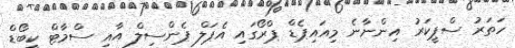
ހަތަރު ސްޕީކަރު އިންނާނެ މިއައިޕެޑް ޕްރޯގައި އެޕަލް ޕެންސިލް އާއި ސްމާޓް ކީބޯޑް